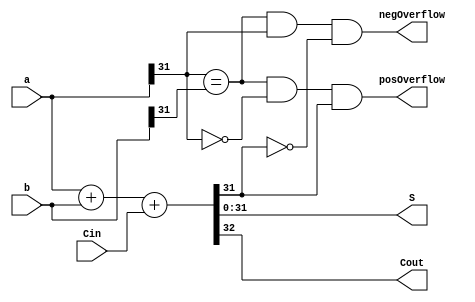
module VerilogAdder(
	input  wire [31:0]a,
	input  wire [31:0]b,
	input  wire Cin,
	output wire posOverflow,
	output wire negOverflow,
	output wire [31:0]S,
	output wire Cout
);
	assign {Cout,S} = a + b + Cin;
	assign negOverflow = (a[31] == b[31]) & (a[31] == 1) & (S[31] == 0);
	assign posOverflow = (a[31] == b[31]) & (a[31] == 0) & (S[31] == 1);
endmodule